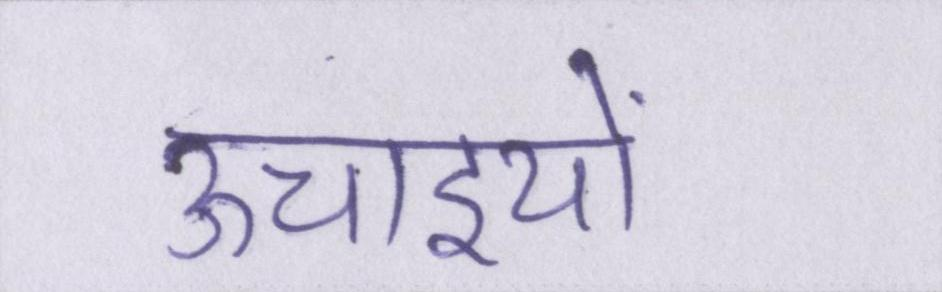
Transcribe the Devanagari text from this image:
ऊचाइयों